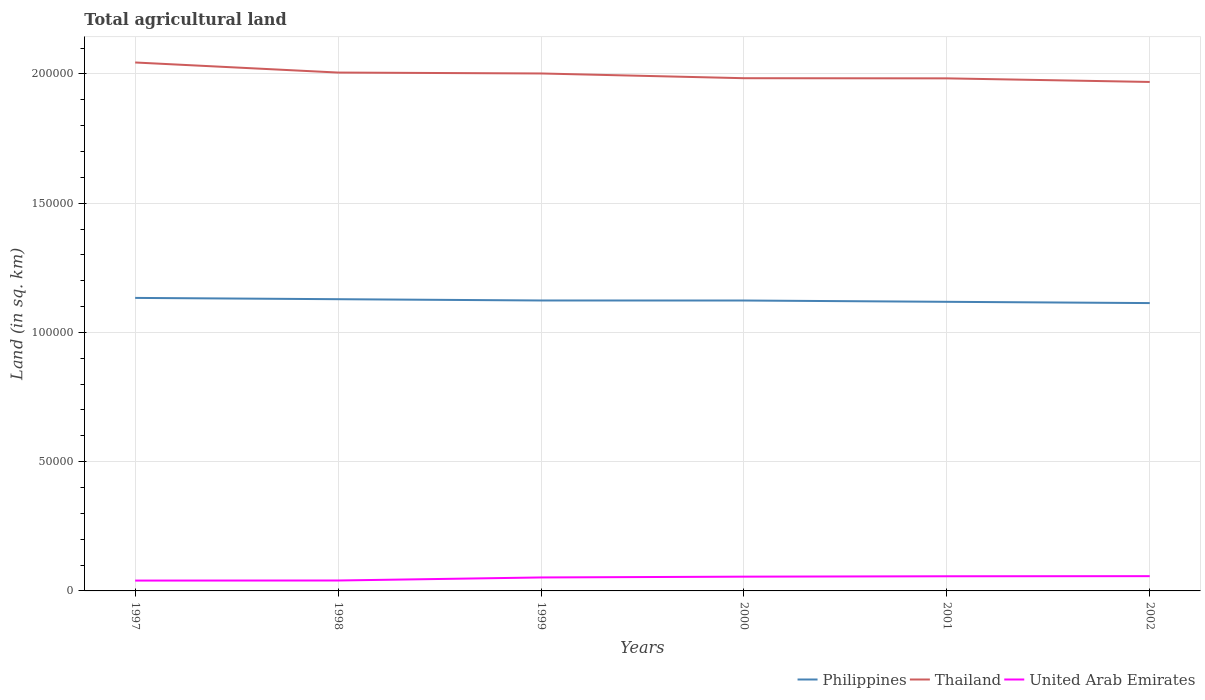
| Years | Philippines | Thailand | United Arab Emirates |
 | --- | --- | --- | --- |
 | 1997 | 1.13e+05 | 2.04e+05 | 4e+03 |
 | 1998 | 1.13e+05 | 2.01e+05 | 4.03e+03 |
 | 1999 | 1.12e+05 | 2e+05 | 5.21e+03 |
 | 2000 | 1.12e+05 | 1.98e+05 | 5.52e+03 |
 | 2001 | 1.12e+05 | 1.98e+05 | 5.67e+03 |
 | 2002 | 1.11e+05 | 1.97e+05 | 5.71e+03 |